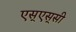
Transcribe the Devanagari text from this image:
एस्‌एस्‌सी